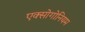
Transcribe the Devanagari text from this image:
एक्सोगोनियम